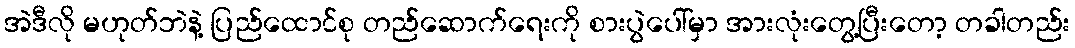
အဲဒီလို မဟုတ်ဘဲနဲ့ ပြည်ထောင်စု တည်ဆောက်ရေးကို စားပွဲပေါ်မှာ အားလုံးတွေ့ပြီးတော့ တခါတည်း